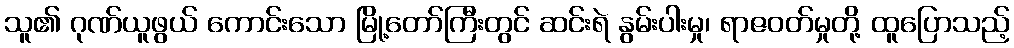
သူ၏ ဂုဏ်ယူဖွယ် ကောင်းသော မြို့တော်ကြီးတွင် ဆင်းရဲ နွမ်းပါးမှု၊ ရာဇဝတ်မှုတို့ ထူပြောသည့်